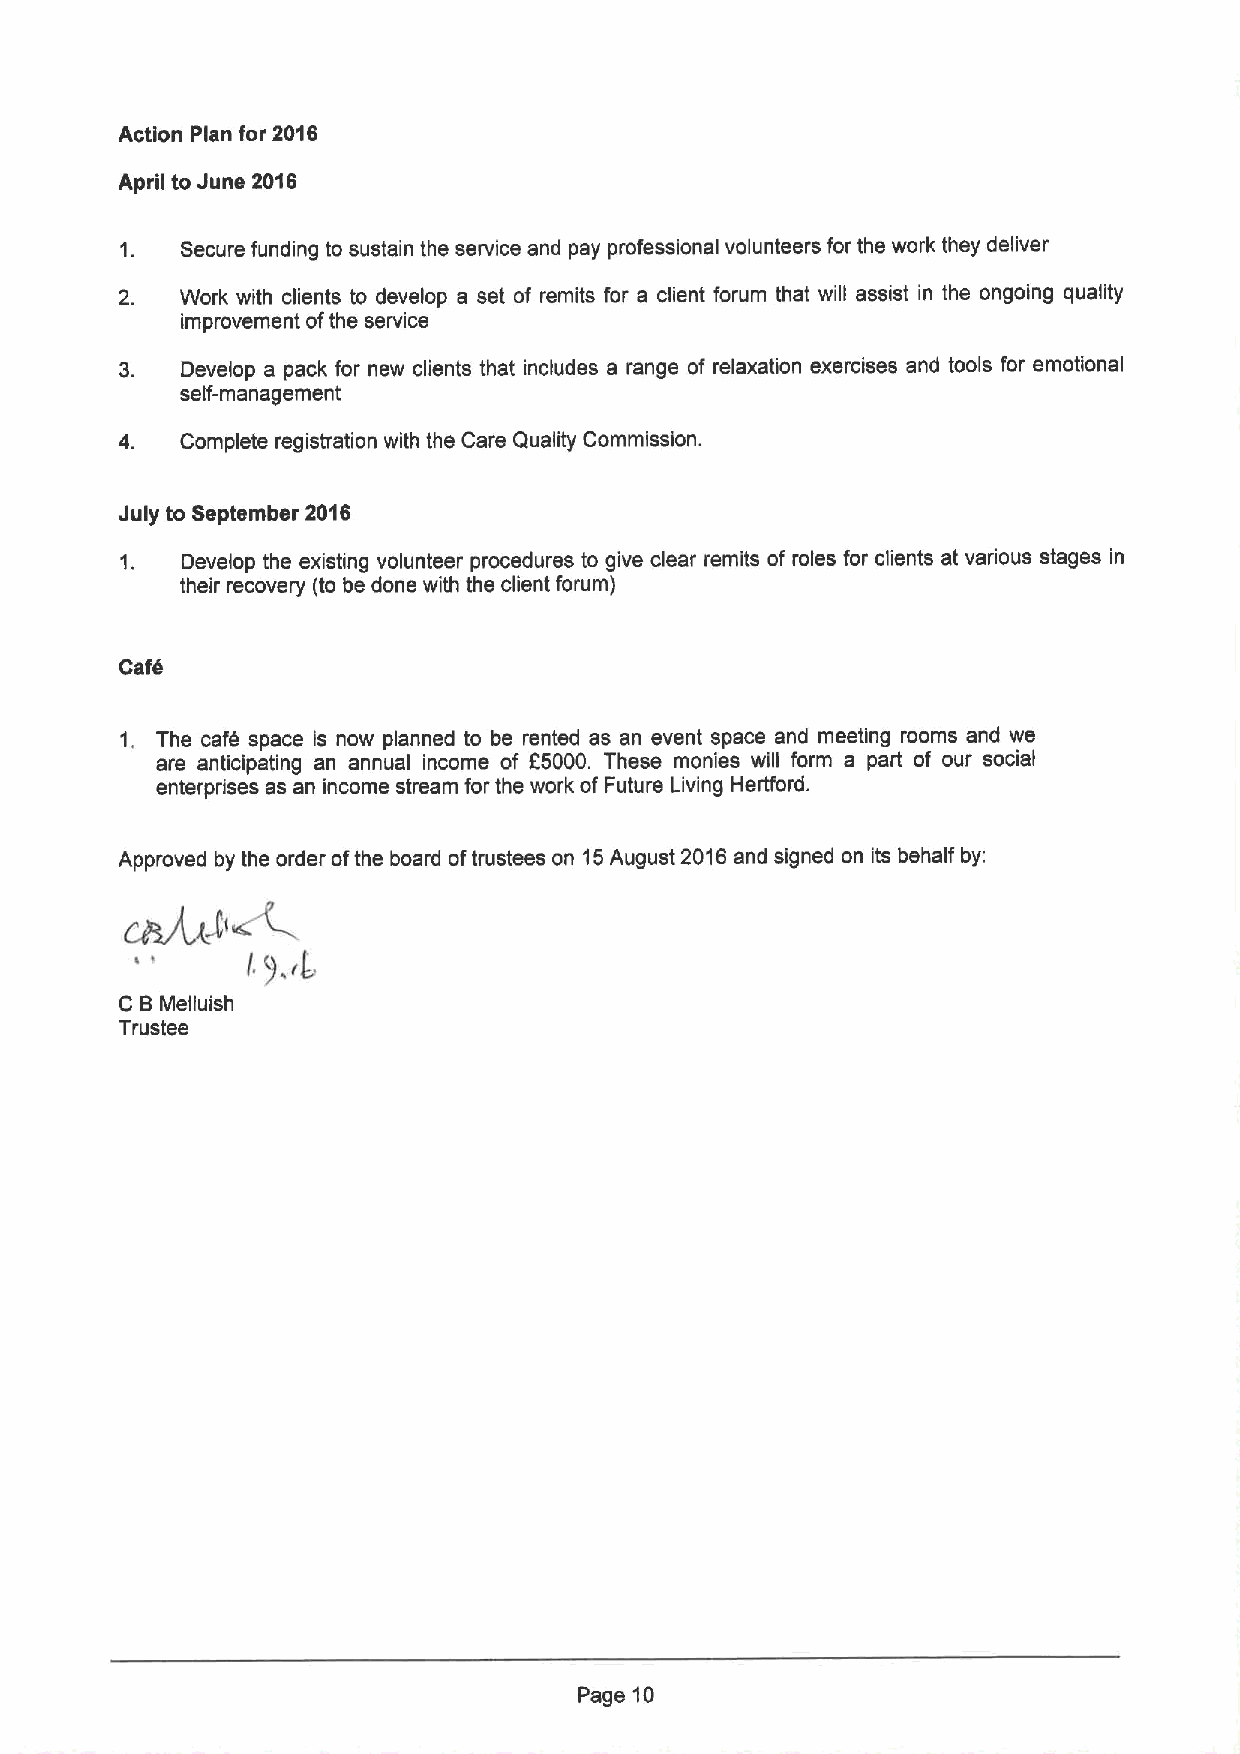
Action Plan for 2016
 April to June 2016
 1.  Secure funding to sustain the service and pay professional volunteers for the work they deliver
 2.  Work with clients to develop a set of remits for a client forum that will assist in the ongoing quality
 improvement ofthe service
 3.  Develop a pack for new clients that includes a range of relaxation exercises and tools for emotional
 self-management
 4.  Complete registration with the Care Quality Commission.
 July to September 2016
 1.  Develop the existing volunteer procedures to give clear remits of roles for clients at various stages in
 their recovery (to be done with the client forum)
 Cafa
 1. The caf6 space is now planned to be rented as an event space and meeting rooms and we
 are anticipating an annual income of R5000. These monies will form a part of our social
 enterprises as an income stream for the work of Future Living Herfford.
 Approved by the order ofthe board oftrustees on 15August 2016and signed on its behalf by:
 C BMelluish
 Trustee
 Page 10